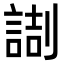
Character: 𠟸